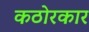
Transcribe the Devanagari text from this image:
कठोरकार